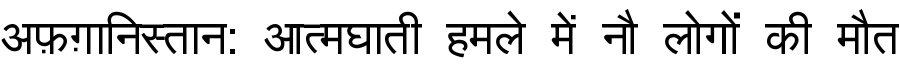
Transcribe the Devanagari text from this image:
अफ़ग़ानिस्तान: आत्मघाती हमले में नौ लोगों की मौत